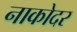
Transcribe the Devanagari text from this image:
नाकोदर